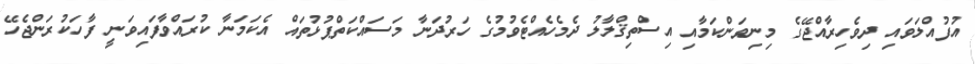
އުފުއްލަވައި ދިވެހިރާއްޖޭގެ މިނިވަންކަމާއި އިސްތިޤްލާލު ދެމެހެއްޓެވުމުގެ ހަރުދަނާ މަސައްކަތްޕުޅުތައް އެކަމަނާ ކުރައްވާފައިވަނީ ފާހަކުރަންޖެހޭ